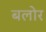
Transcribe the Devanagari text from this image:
बलोर